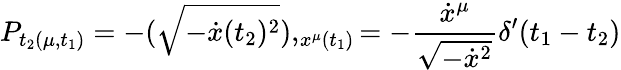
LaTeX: P_{t_{2}(\mu,t_{1})}=-(\sqrt{-\dot{x}(t_{2})^{2}}),_{x^{\mu}(t_{1})}=-{\frac{\dot{x}^{\mu}}{\sqrt{-\dot{x}^{2}}}}\delta^{\prime}(t_{1}-t_{2})